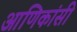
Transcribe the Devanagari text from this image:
आणिकांसी